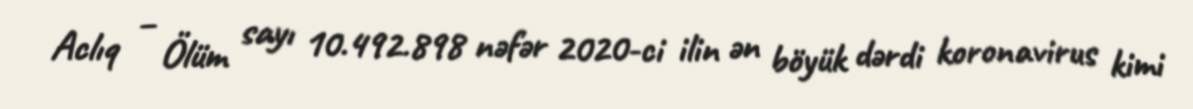
Aclıq – Ölüm sayı 10.492.898 nəfər 2020-ci ilin ən böyük dərdi koronavirus kimi